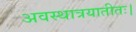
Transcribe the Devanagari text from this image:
अवस्थात्रयातीतः।